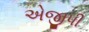
એજીપી